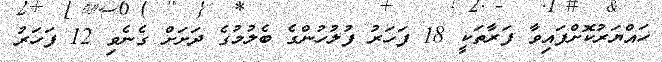
ހައްޔަރުކޮށްފައިވާ ފަރާތަކީ 18 ފަހަރު ފުލުހުންގެ ބެލުމުގެ ދަށަށް ގެނެވި 12 ފަހަރު